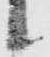
候